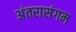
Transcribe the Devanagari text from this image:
अंतरासंगम